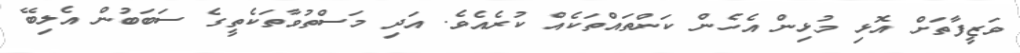
ވަޒީފާތަށް އޮޅި މުޅިން އެހެން ކަންތައްތަކެއް ކުރެއެވެ. އަދި މަސްތުވާތަކެތީގެ ސަބަބުން އެލިބޭ